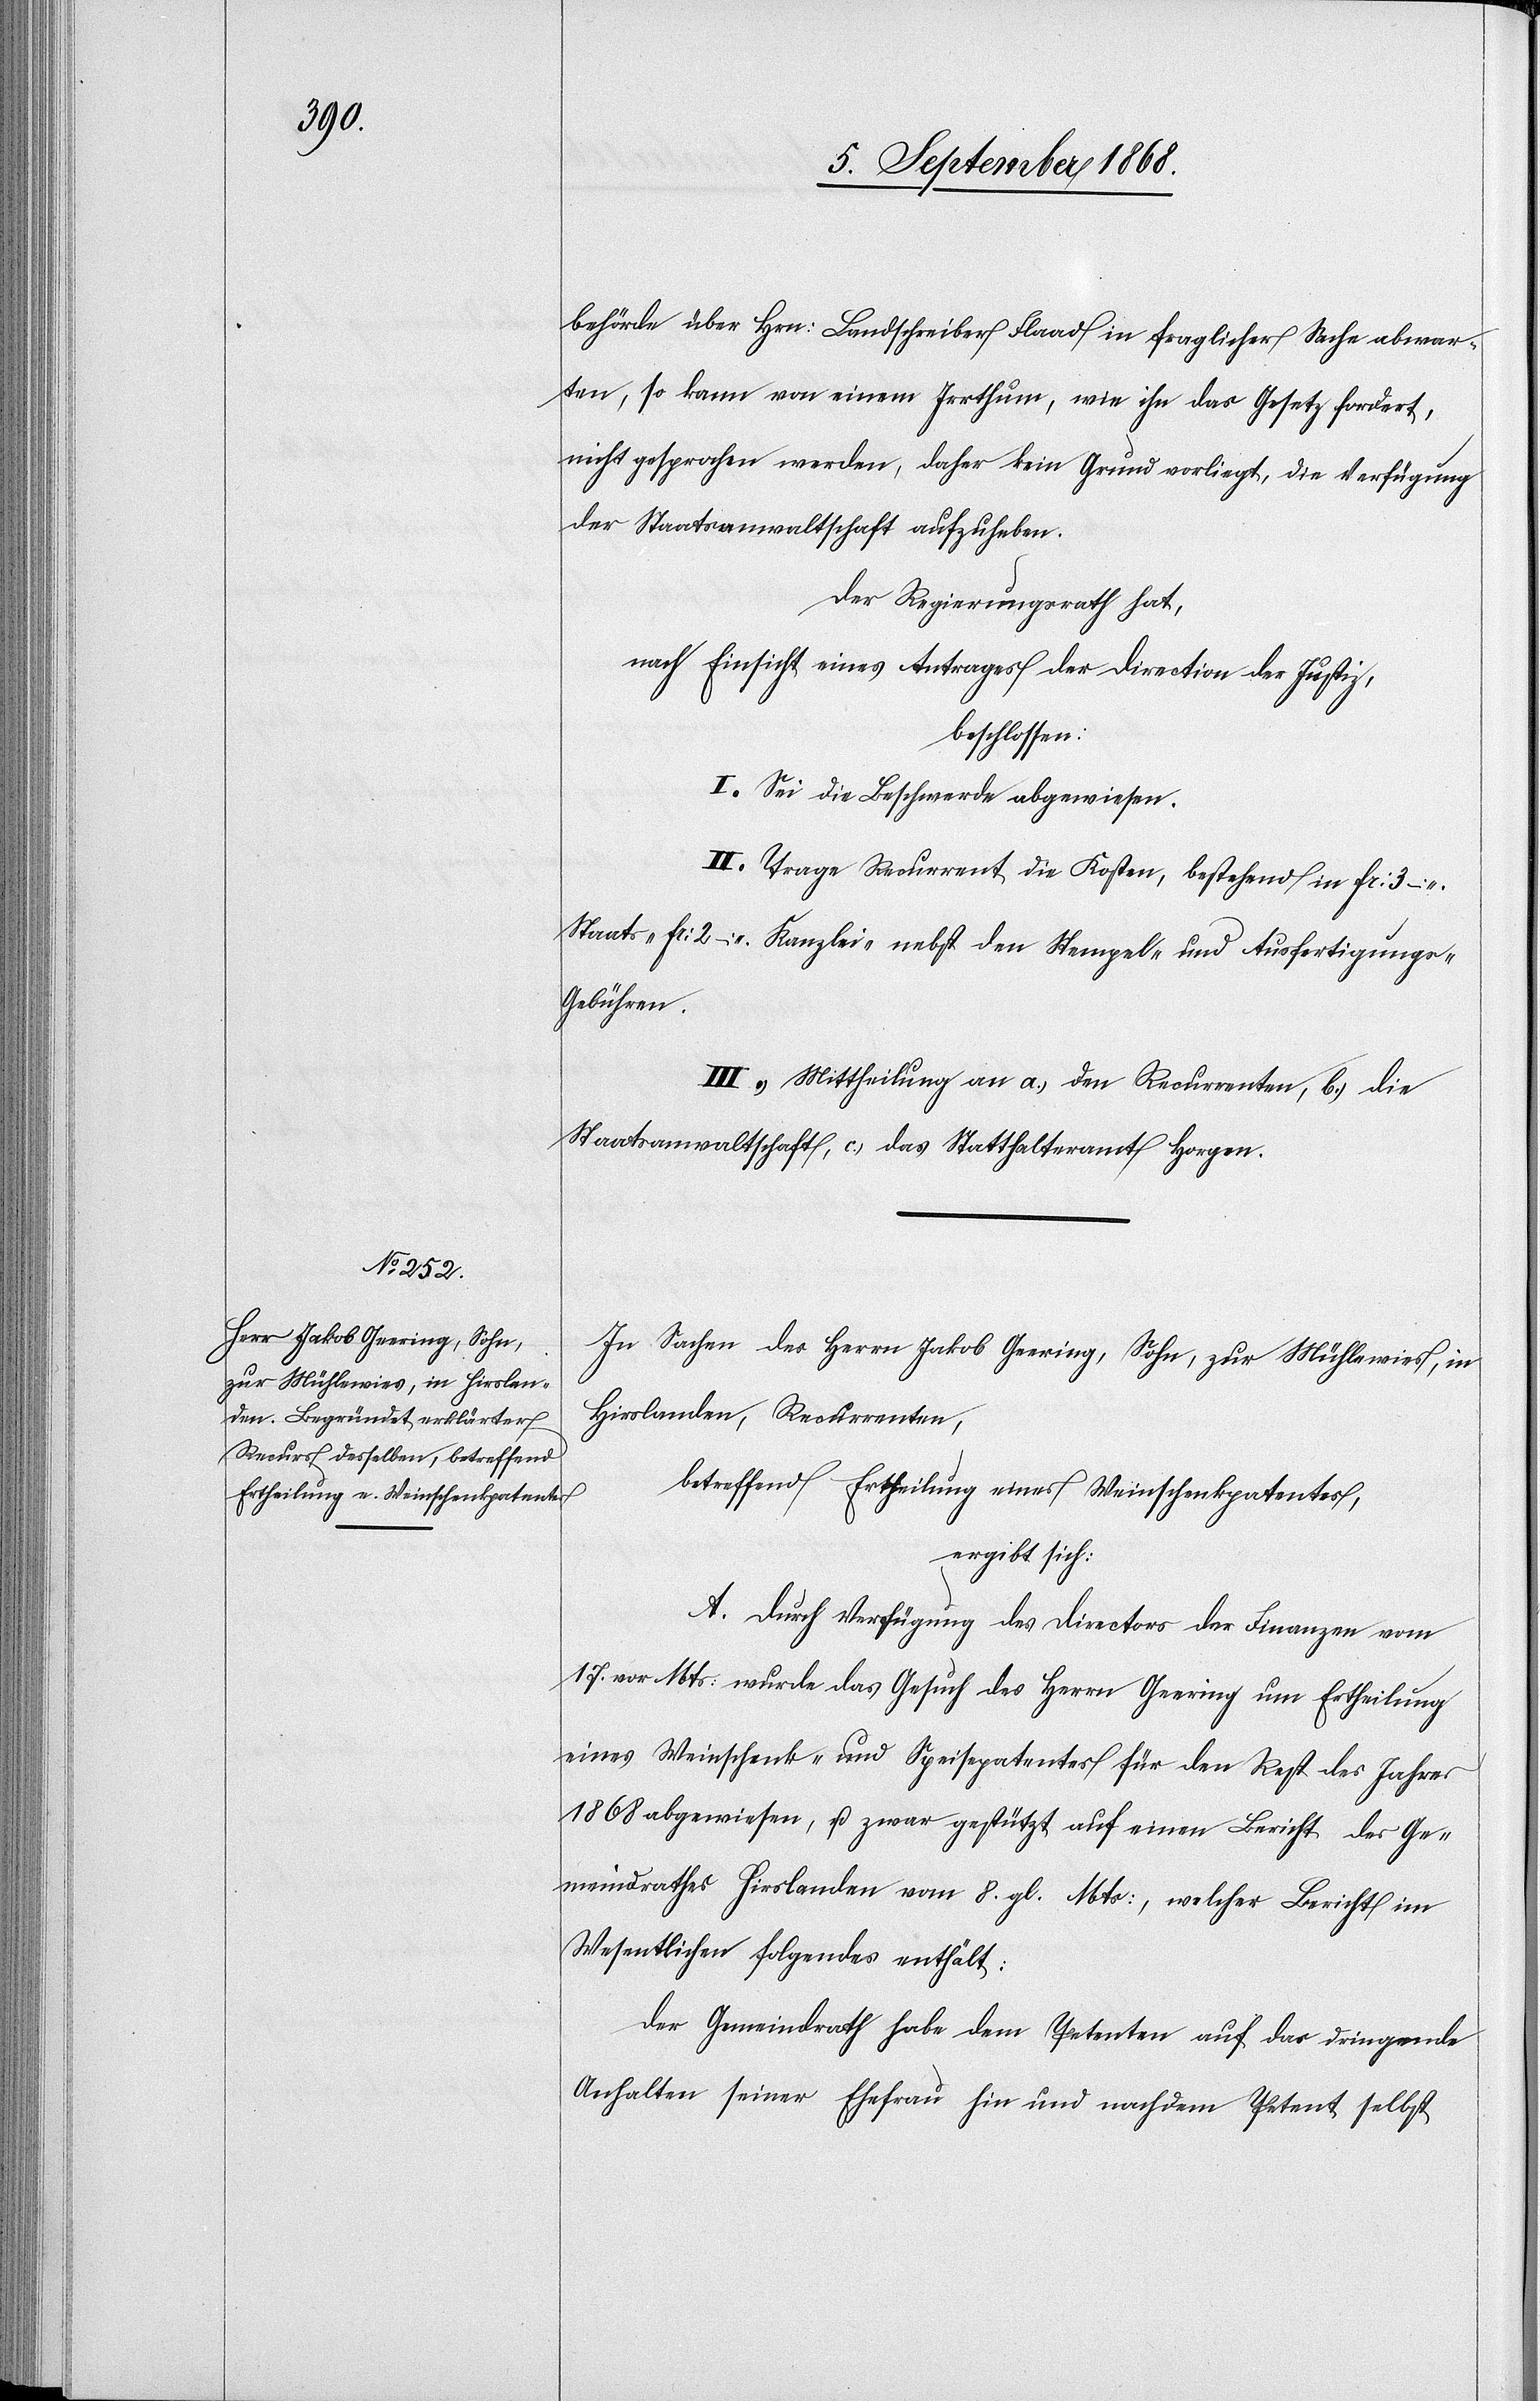
behörde über Hrn: Landschreiber Flaad in fraglicher Sache abwar¬
ten, so kann von einem Irrthum, wie ihn das Gesetz fordert,
nicht gesprochen werden, daher kein Grund vorliegt, die Verfügung
der Staatsanwaltschaft aufzuheben.
Der Regierungsrath hat,
nach Einsicht eines Antrages der Direction der Justiz,
beschlossen:
I. Sei die Beschwerde abgewiesen.
II. Trage Recurrent die Kosten, bestehend in Fr: 3 –
Staats-[,] Fr: 2 – Kanzlei-[,] nebst den Stempel- und Ausfertigungs-G¬
ebühren.
III. Mittheilung an a.) den Recurrenten, b.) die
Staatsanwaltschaft, c.) das Statthalteramt Horgen.
In Sachen des Herrn Jakob Geering, Sohn, zur Mühlewies, in
Hirslanden, Recurrenten,
betreffend Ertheilung eines Weinschenkpatentes,
ergibt sich:
A. Durch Verfügung des Directors der Finanzen vom
17. vor. Mts: wurde das Gesuch des Herrn Geering um Ertheilung
eines Weinschenk- und Speisepatentes für den Rest des Jahres
1868 abgewiesen, u. zwar gestützt auf einen Bericht des Ge¬
meindrathes Hirslanden vom 8. gl. Mts:, welcher Bericht im
Wesentlichen folgendes enthält:
Der Gemeindrath habe dem Petenten auf das dringende
Anhalten seiner Ehefrau hin und nachdem Petent selbst